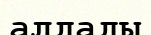
алдады